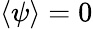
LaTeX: \left<\psi\right>=0